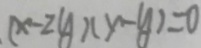
( x - 2 y ) ( x - y ) = 0